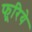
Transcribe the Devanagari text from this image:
फूरिये